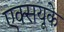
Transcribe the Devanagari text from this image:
एक्सयूके